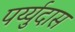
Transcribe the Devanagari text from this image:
पर्य्युदास